65_HS1-834228961_62-HQ-83894_Section_8
Agency: FBI
Page 53
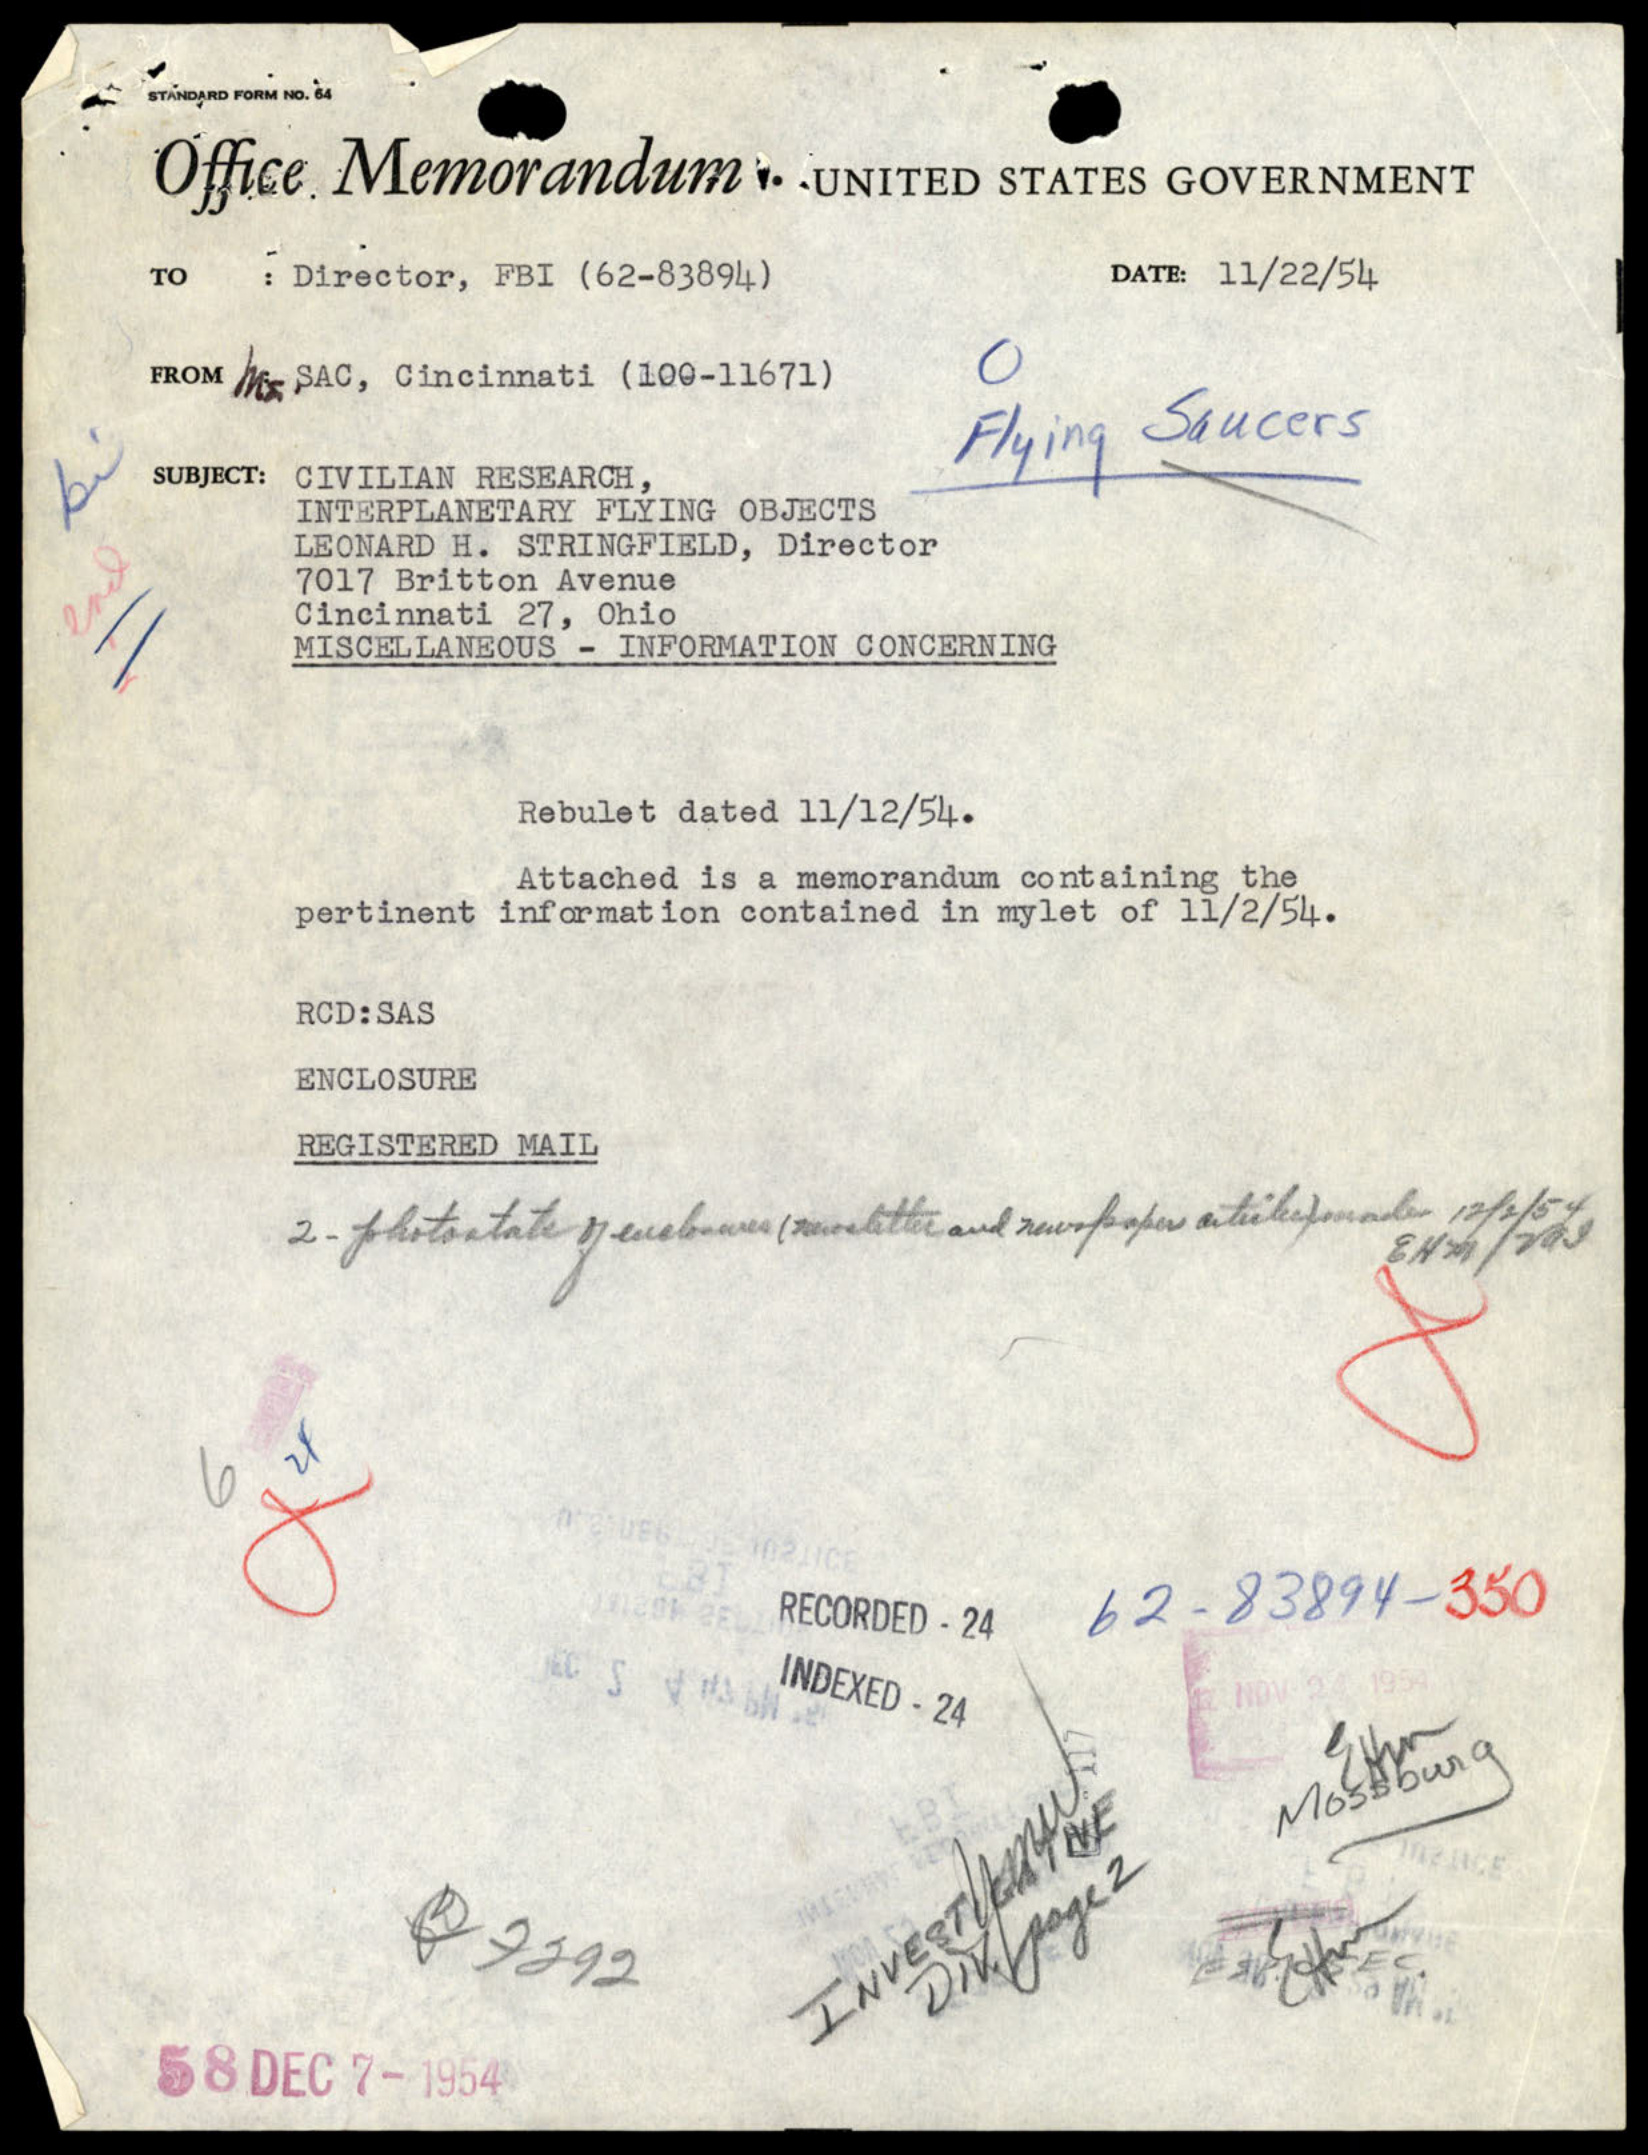